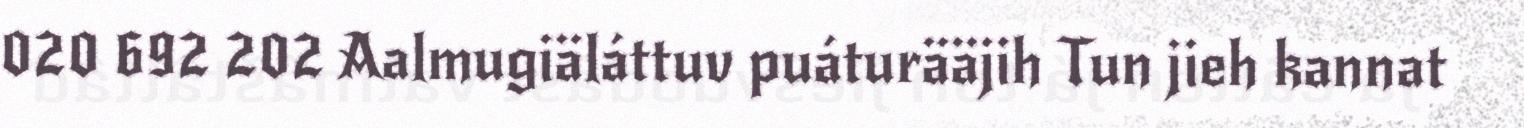
020 692 202 Aalmugiäláttuv puáturääjih Tun jieh kannat